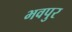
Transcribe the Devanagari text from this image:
भवपुर